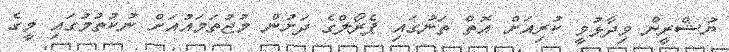
ޔުޝްރީން ވިދާޅުވީ ކުރިއަށް އޮތް ތަނުގައި ޕެރޯލްގެ ދަށުން މުޖުތަމައުއަށް ނުކުތުމުގައި މީގެ